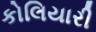
કોલિયારી